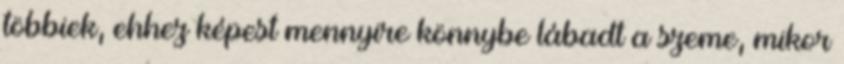
többiek, ehhez képest mennyire könnybe lábadt a szeme, mikor